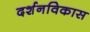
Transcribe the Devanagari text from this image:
दर्शनविकास